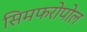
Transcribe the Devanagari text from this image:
सिमफरोपोल